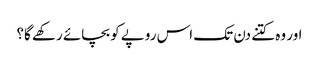
اور وہ کتنے دن تک اس روپے کو بچائے رکھے گا؟